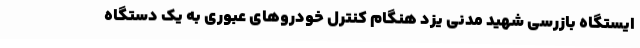
ایستگاه بازرسی شهید مدنی یزد هنگام کنترل خودروهای عبوری به یک دستگاه